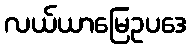
လယ်ယာမြေဥပဒေ